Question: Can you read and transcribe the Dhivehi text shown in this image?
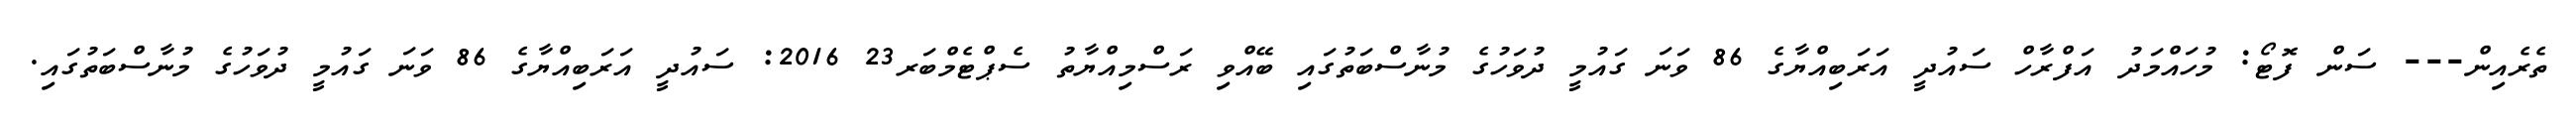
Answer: ތެރެއިން--- ސަން ފޮޓޯ: މުހައްމަދު އަފްރާހް ސައުދީ އަރަބިއްޔާގެ 86 ވަނަ ގައުމީ ދުވަހުގެ މުނާސްބަތުގައި ބޭއްވި ރަސްމިއްޔާތު ސެޕްޓެމްބަރ23 2016: ސައުދީ އަރަބިއްޔާގެ 86 ވަނަ ގައުމީ ދުވަހުގެ މުނާސްބަތުގައި.